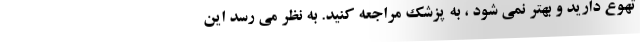
تهوع دارید و بهتر نمی شود ، به پزشک مراجعه کنید. به نظر می رسد این